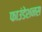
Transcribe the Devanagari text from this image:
फाउंडेशनस